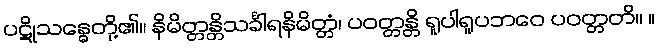
ပဋိုသန္ဓေတို့၏။ နိမိတ္တန္တိသင်္ခါရနိမိတ္တံ၊ ပဝတ္တန္တိ ရူပါရူပဘဝေ ပဝတ္တတိ။ ။